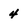
Character: 4